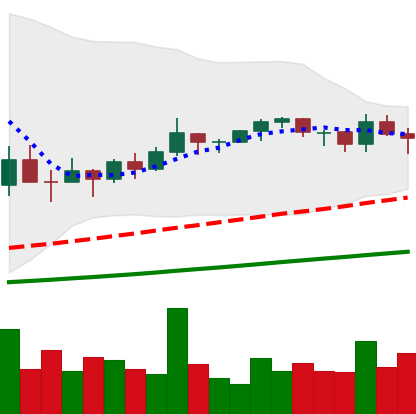
Ticker: TRX-USD
Chart end date: 2021-03-15
Forward return: 20.142%
Label: up_7plus